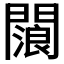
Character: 𨶗